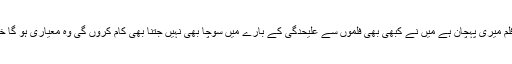
میڈیا سے خصوصی گفتگو کرتے ہوئے انہوں نے کہا کہ فلم میری پہچان ہے میں نے کبھی بھی فلموں سے علیحدگی کے بارے میں سوچا بھی نہیں جتنا بھی کام کروں گی وہ معیاری ہو گا خدا کا شکر ہے کہ میرے پرستاروں کا بڑا حلقہ موجود ہے۔